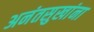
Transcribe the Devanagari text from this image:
अनंतसुखांना